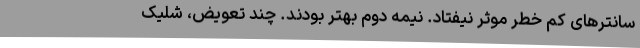
سانترهای کم خطر موثر نیفتاد. نیمه دوم بهتر بودند. چند تعویض، شلیک